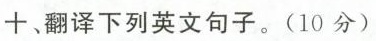
十、翻译下列英文句子。(10分)